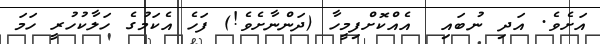
އަށެވެ. އަދި ނުބައި  އެއްކޮށްފިމީހާ (ދަންނާށެވެ!) ފަހެ އެކަމުގެ ހަލާކުހުުރީ ހަމަ